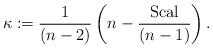
LaTeX: \begin{align*} \kappa := \frac{1}{(n - 2)} \left(n - \frac{\rm Scal}{(n - 1)}\right). \end{align*}